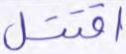
اقتتل